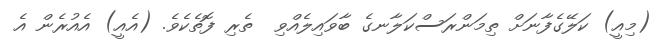
(މިއީ) ކަލޭގެފާނަށް ތިމަންރަސްކަލާނގެ ބާވައިލެއްވި  ތެރި ފޮތެކެވެ. (އެއީ) އެއުރެން އެ